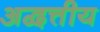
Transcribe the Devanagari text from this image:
अद्वत्तीय